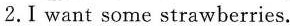
2. I want some strawberries.